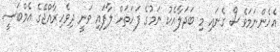
އެހެންނަމަވެސް ގެނައި މި ބަދަލާއެކު ނަމުގެ ފަހަތަށް ލާފައި ވަނީ ދިވެހިރާއްޖޭގެ އެމްބަސީ